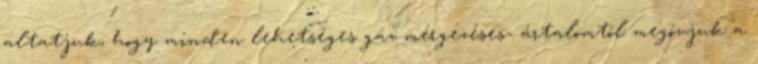
altatjuk, hogy minden lehetséges gáz mérgezéses- ártalomtól megóvjuk a